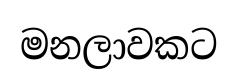
මනලාවකට